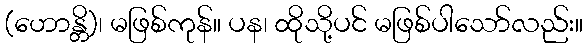
(ဟောန္တိ)၊ မဖြစ်ကုန်။ ပန၊ ထိုသို့ပင် မဖြစ်ပါသော်လည်း။